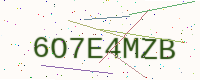
Text: 6O7E4MZB